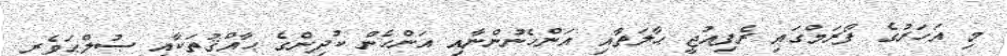
މި އަހަރުގެ ފޯރަމްގައި ރެފިއުޖީ ޙާލަތާއި އަންހެނުންނާއި އަންހެން ކުދިންގެ ޙާއްޤުތަކާއި ޞުލްޙަވެރި